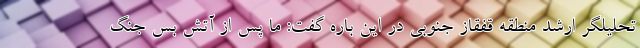
تحلیلگر ارشد منطقه قفقاز جنوبی در این باره گفت: ما پس از آتش بس جنگ